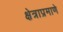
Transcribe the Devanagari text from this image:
क्षेत्राप्रमाणे